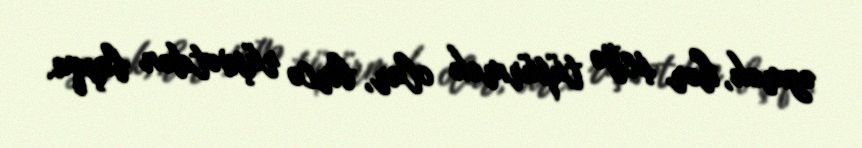
əzmək, hər şeyə tüpürmək olar, bircə rüşvətdən başqa.